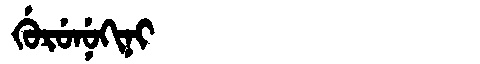
Manchu: ᡤᡠᡵᡠᠨᡠᡴᡳᠨᡳ
Romanization: GURUNUKINI